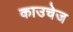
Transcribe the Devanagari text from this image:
काउचेज